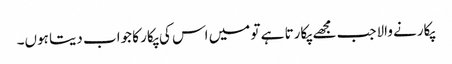
پکارنے والاجب مجھے پکارتا ہے تو میں اس کی پکار کا جواب دیتا ہوں۔